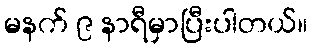
မနက် ၉ နာရီမှာပြီးပါတယ်။